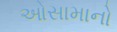
ઓસામાનો